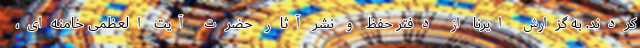
کردند. به گزارش ایرنا از دفتر حفظ و نشر آثار حضرت آیت العظمی خامنه‌ای،